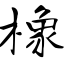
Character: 橡